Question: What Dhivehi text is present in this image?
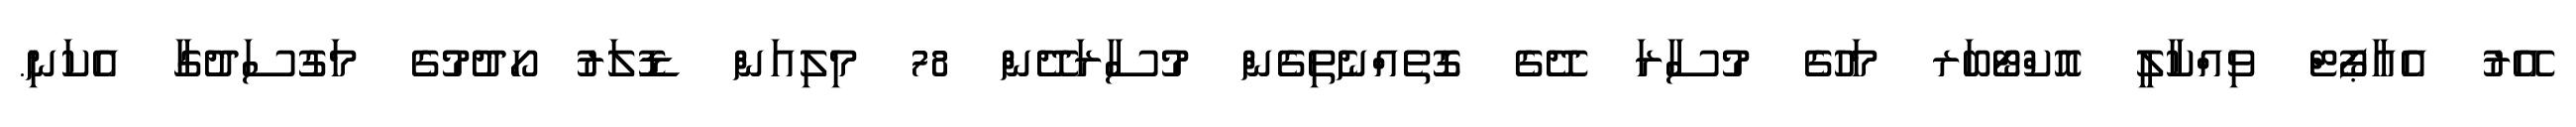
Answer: އޭރު އެއާޕޯޓް ވިއްކާލީ އޮކްޓޯބަރ މަހުގެ މުސާރަ ދޭގެ ގޮތެއްނެތިގެން މުސާރަދޭން 78 މިލިއަން ޑޮލަރު ހޯދުމުގެ މަގުސަދުގާ އެކަނި.